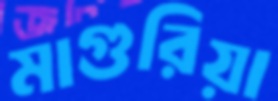
মাগুরিয়া